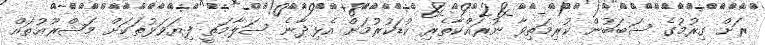
ރަށް ގިރުމުގެ ސަބަބުން ކުރިމަތިވާ ނުރައްކާތެރި ކުޑަކުރުމަށް އެޅިދާނެ ސަލާމަތީ ފިޔަވަޅުތަކަށް މަޝްރޫޢުތައް